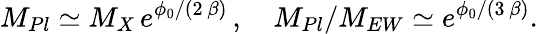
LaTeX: M_{Pl}\simeq M_{X}\, e^{\phi_{0}/(2\, \beta)}\, ,\quad M_{Pl}/M_{EW}\simeq e^{\phi_{0}/(3\, \beta)}.